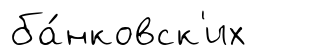
ба́нковск'их